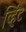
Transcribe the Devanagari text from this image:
व्हिंट